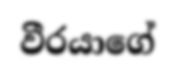
වීරයාගේ